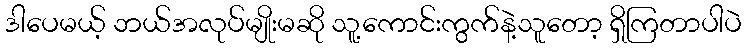
ဒါပေမယ့် ဘယ်အလုပ်မျိုးမဆို သူ့ကောင်းကွက်နဲ့သူတော့ ရှိကြတာပါပဲ